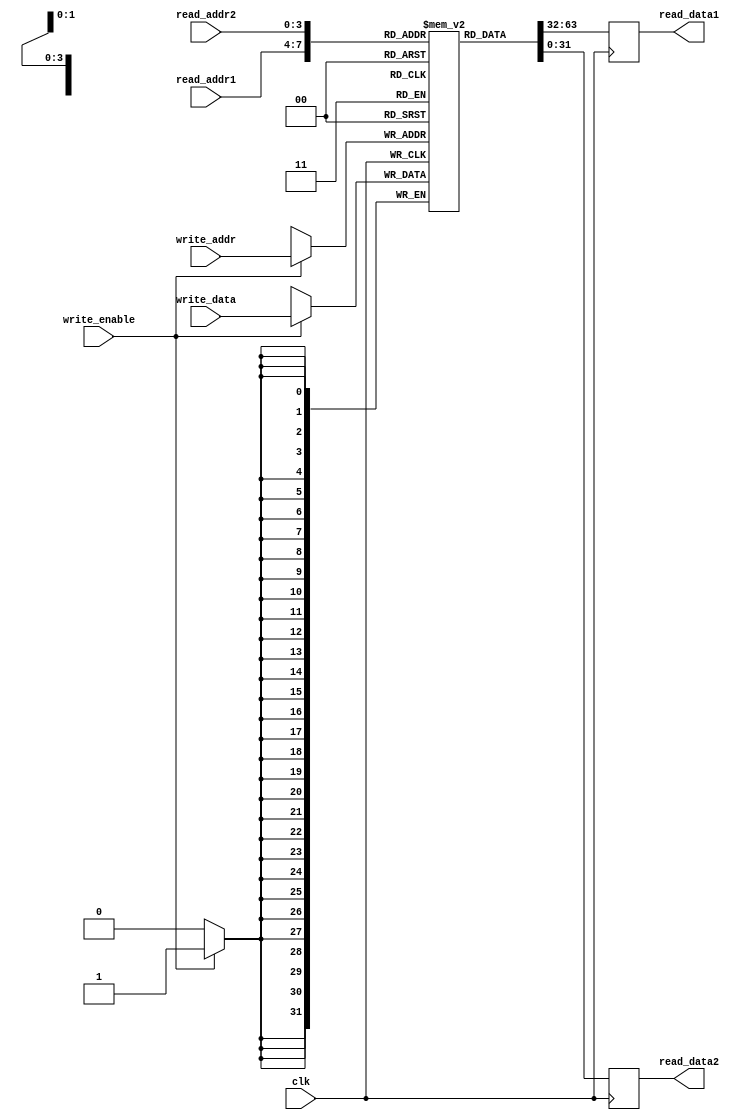
module register_file(
    input wire clk,
    input wire [3:0] read_addr1,
    input wire [3:0] read_addr2,
    input wire [3:0] write_addr,
    input wire [31:0] write_data,
    input wire write_enable,
    output reg [31:0] read_data1,
    output reg [31:0] read_data2
);

reg [31:0] memory[15:0];

always @(posedge clk) begin
    if(write_enable) begin
        memory[write_addr] <= write_data;
    end
    read_data1 <= memory[read_addr1];
    read_data2 <= memory[read_addr2];
end

endmodule